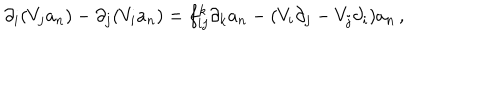
\partial _ { i } ( V _ { j } a _ { n } ) - \partial _ { j } ( V _ { i } a _ { n } ) = f _ { i j } ^ { k } \partial _ { k } a _ { n } - ( V _ { i } \partial _ { j } - V _ { j } \partial _ { i } ) a _ { n } \, ,